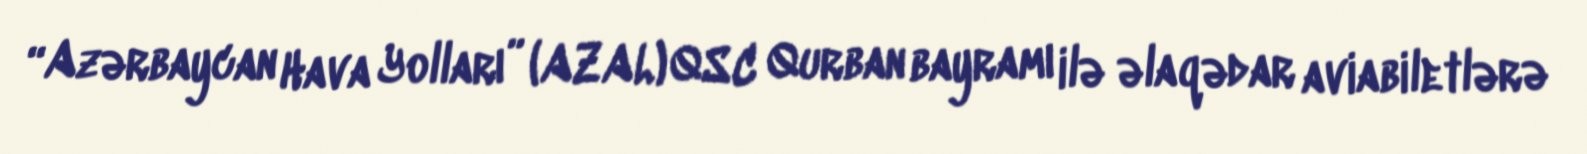
“Azərbaycan Hava Yolları” (AZAL) QSC Qurban bayramı ilə əlaqədar aviabiletlərə